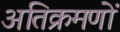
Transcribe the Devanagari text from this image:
अतिक्रमणों